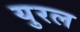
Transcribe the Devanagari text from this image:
युरल